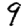
Digit: 9